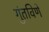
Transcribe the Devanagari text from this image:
गुंतविणे